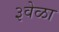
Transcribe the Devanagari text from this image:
३वेळा